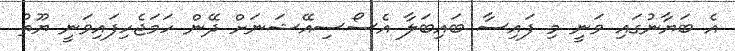
އެ ބަޔާނުގައި ވަނީ މި ފައިސާ ބައިބަލާ އެސޯސިއޭޝަނަށް ދޭން ހަމަޖެހިފައިވަނީ ޔޫތު